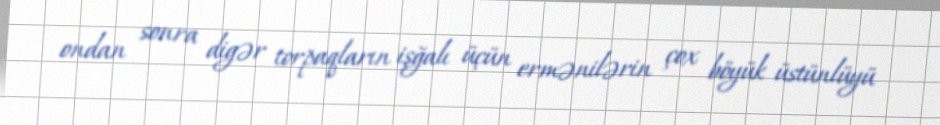
ondan sonra digər torpaqların işğalı üçün ermənilərin çox böyük üstünlüyü